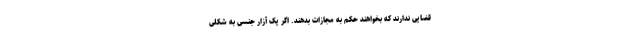
قضایی ندارند که بخواهند حکم به مجازات بدهند. اگر یک آزار جنسی به شکلی